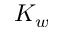
K _ { w }